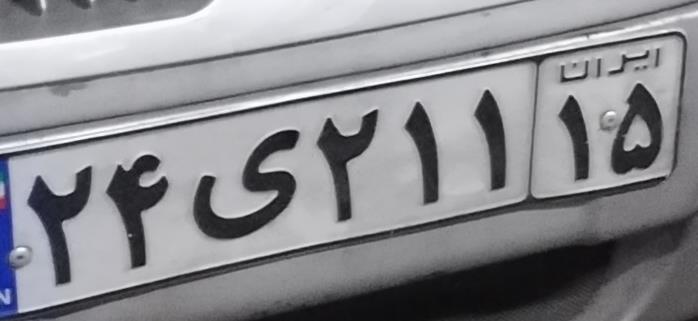
۲۴ی۲۱۱۱۵